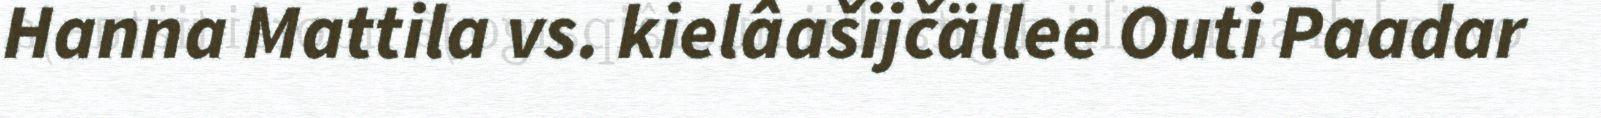
Hanna Mattila vs. kielâašijčällee Outi Paadar